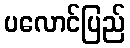
ပလောင်ပြည်